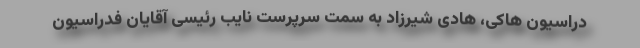
دراسیون هاکی، هادی شیرزاد به سمت سرپرست نایب رئیسی آقایان فدراسیون